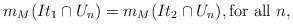
LaTeX: \begin{align*}m_M(I t_1 \cap U_n) = m_M(I t_2 \cap U_n), \textrm{for all $n$},\end{align*}